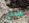
صلني